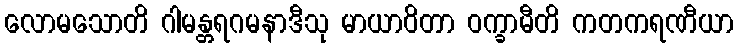
လောမသောတိ ဂါမန္တရဂမနာဒီသု မာယာဝိတာ ဝက္ခာမီတိ ကတကရဏီယာ